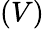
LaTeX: (V)